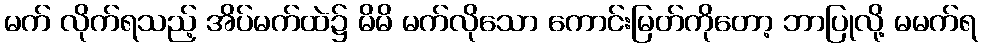
မက် လိုက်ရသည့် အိပ်မက်ထဲ၌ မိမိ မက်လိုသော ကောင်းမြတ်ကိုတော့ ဘာပြုလို့ မမက်ရ